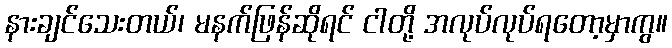
နားချင်သေးတယ်၊ မနက်ဖြန်ဆိုရင် ငါတို့ အလုပ်လုပ်ရတော့မှာကွ။